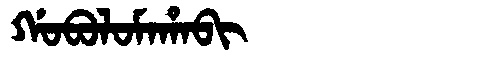
Manchu: ᡤᠣᠪᠣᠯᠣᠮᠠᡥᠠᠪᡳ
Romanization: GOBOLOMAHABI